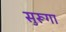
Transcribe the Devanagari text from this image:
सुरूगा